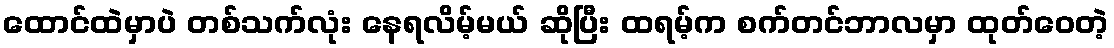
ထောင်ထဲမှာပဲ တစ်သက်လုံး နေရလိမ့်မယ် ဆိုပြီး ထရမ့်က စက်တင်ဘာလမှာ ထုတ်ဝေတဲ့